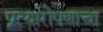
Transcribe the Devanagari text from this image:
प्रत्यारोपणाचा